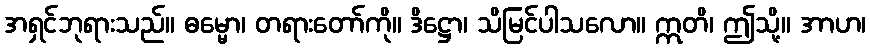
အရှင်ဘုရားသည်။ ဓမ္မော၊ တရားတော်ကို။ ဒိဋ္ဌော၊ သိမြင်ပါသလော။ ဣတိ၊ ဤသို့။ အာဟ၊